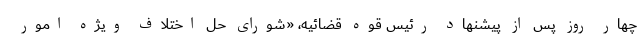
چهار روز پس از پیشنهاد رئیس قوه قضائیه، «شورای حل اختلاف ویژه امور